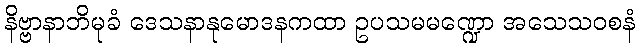
နိဗ္ဗာနာဘိမုခံ ဒေသနာနုမောဒနကထာ ဥပသမမဏ္ဍော အသေသဝစနံ